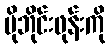
မိုဘိုင်းဖုန်းကို